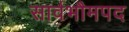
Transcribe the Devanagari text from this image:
सार्वभौमपद